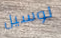
لوسيل